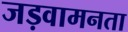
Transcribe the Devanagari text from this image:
जड़वामनता